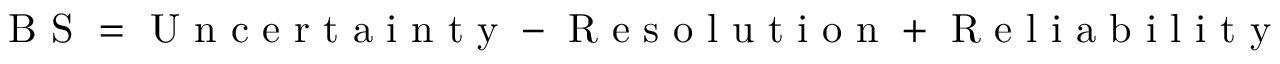
\mathrm { ~ B ~ S ~ } = \mathrm { ~ U ~ n ~ c ~ e ~ r ~ t ~ a ~ i ~ n ~ t ~ y ~ } - \mathrm { ~ R ~ e ~ s ~ o ~ l ~ u ~ t ~ i ~ o ~ n ~ } + \mathrm { ~ R ~ e ~ l ~ i ~ a ~ b ~ i ~ l ~ i ~ t ~ y ~ }